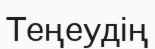
Теңеудің